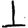
Digit: 1